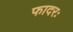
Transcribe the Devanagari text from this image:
फादरः